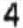
4